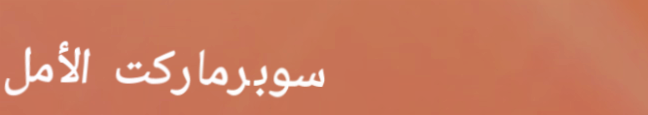
سوبرماركت الأمل